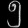
Digit: ၅